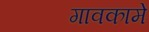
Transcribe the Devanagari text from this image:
गावकामे